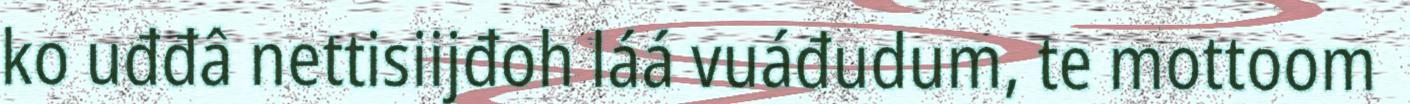
ko uđđâ nettisiijđoh láá vuáđudum, te mottoom